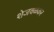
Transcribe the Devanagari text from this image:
शेजवळकर